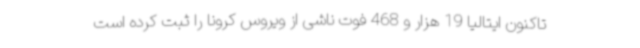
تاکنون ایتالیا 19 هزار و 468 فوت ناشی از ویروس کرونا را ثبت کرده است